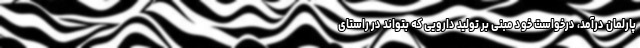
پارلمان درآمد، درخواست خود مبنی بر تولید دارویی که بتواند در راستای